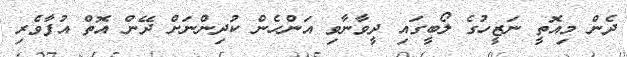
ދެން މިއޮތީ ނަޒީހުގެ ލޯބީގައި ދީވާނާވި އަންހެން ކުދިންނަށް ދޭން އޮތް އުފާވެރި